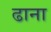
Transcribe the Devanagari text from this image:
ढाना